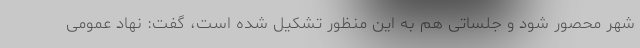
شهر محصور شود و جلساتی هم به این منظور تشکیل شده است، گفت: نهاد عمومی